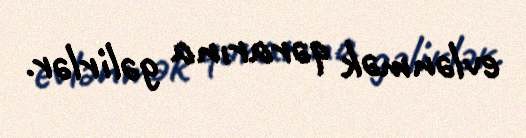
evlənmək qərarına gəlirlər.